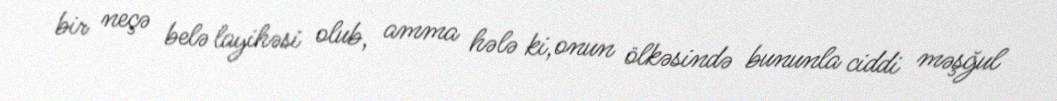
bir neçə belə layihəsi olub, amma hələ ki,onun ölkəsində bununla ciddi məşğul